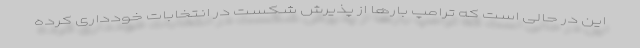
این در حالی است که ترامپ بارها از پذیرش شکست در انتخابات خودداری کرده